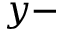
y -